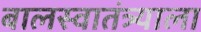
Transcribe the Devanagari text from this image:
बालस्वातंत्र्याला